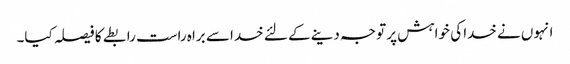
انہوں نے خدا کی خواہش پر توجہ دینے کے لئے خدا سے براہ راست رابطے کا فیصلہ کیا۔